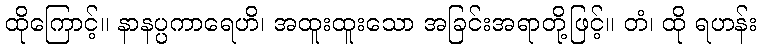
ထိုကြောင့်။ နာနပ္ပကာရေဟိ၊ အထူးထူးသော အခြင်းအရာတို့ဖြင့်။ တံ၊ ထို ရဟန်း